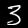
Digit: 3